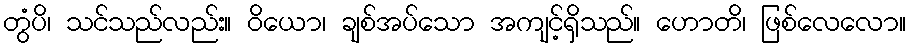
တွံပိ၊ သင်သည်လည်း။ ဝိယော၊ ချစ်အပ်သော အကျင့်ရှိသည်။ ဟောတိ၊ ဖြစ်လေလော။